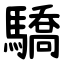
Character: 驕